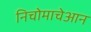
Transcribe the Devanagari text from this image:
निचोमाचेआन